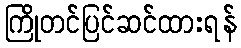
ကြိုတင်ပြင်ဆင်ထားရန်